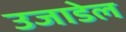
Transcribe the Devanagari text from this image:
उजाडेल